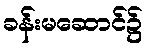
ခန်းမဆောင်၌